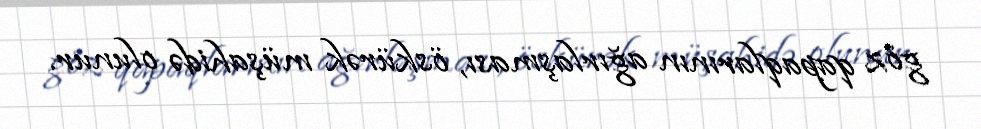
göz qapaqlarının ağırlaşması, öskürək müşahidə olunur.